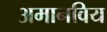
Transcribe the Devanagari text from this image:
अमानविय